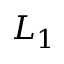
L _ { 1 }